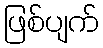
ဖြစ်ပျက်